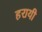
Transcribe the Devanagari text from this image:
हरायी